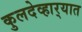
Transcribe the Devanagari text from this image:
कुलदेव्हार्‍यात